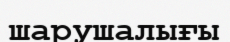
шарушалығы